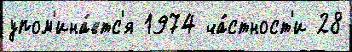
упом'ина́етс'я 1974 ча́стност'и 28